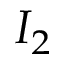
I _ { 2 }